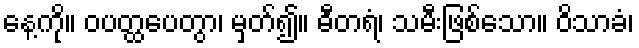
နေ့ကို။ ဝပတ္ထပေတွာ၊ မှတ်၍။ ဓီတရံ၊ သမီးဖြစ်သော။ ဝိသာခံ၊